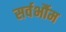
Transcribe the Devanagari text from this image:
सर्वर्भौम